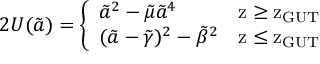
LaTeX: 2 U ( \tilde { a } ) = \left\{ \begin{array} { l l } { { { \tilde { a } } ^ { 2 } - { \tilde { \mu } } { \tilde { a } } ^ { 4 } \ \ \ } } & { { \mathrm { z \geq z _ { G U T } } } } \\ { { ( \tilde { a } - { \tilde { \gamma } } ) ^ { 2 } - { \tilde { \beta } } ^ { 2 } } } & { { \mathrm { z \leq z _ { G U T } } } } \end{array} \right.